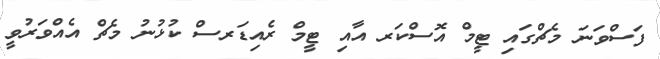
ފަސްވަނަ މެޗްގައި ޓީމް އޮސްކަރ އާއި ޓީމް ރެއިޑަރސް ކުޅުނު މެޗް އެއްވަރުވީ